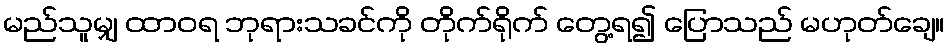
မည်သူမျှ ထာဝရ ဘုရားသခင်ကို တိုက်ရိုက် တွေ့ရ၍ ပြောသည် မဟုတ်ချေ။